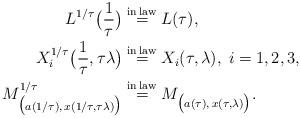
LaTeX: \begin{align*}L^{1/\tau}\bigl(\frac{1}{\tau}\bigr) &\overset{{\rm in \,law}}{=} L(\tau), \\X^{1/\tau}_i\bigl(\frac{1}{\tau}, \tau\lambda\bigr) &\overset{{\rm in \,law}}{=}X_i(\tau, \lambda), \;i=1,2,3, \\M^{1/\tau}_{\bigl(a(1/\tau), \,x(1/\tau,\tau\lambda)\bigr)} &\overset{{\rm in \,law}}{=} M_{\bigl(a(\tau), \,x(\tau,\lambda)\bigr)}. \end{align*}